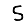
Digit: 5